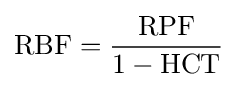
{\text{RBF}}={\frac {\text{RPF}}{1-{\text{HCT}}}}